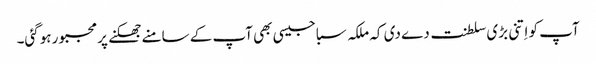
آپ کو اِتنی بڑی سلطنت دے دی کہ ملکہ سبا جیسی بھی آپ کے سامنے جھکنے پر مجبور ہوگئی۔